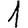
Digit: 1